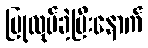
ပြုလုပ်ခဲ့ပြီးနောက်